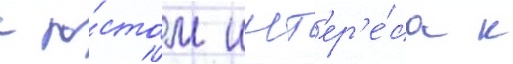
с ро́стом инт'ер'е́са к